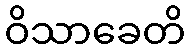
ဝိသာခေတိ